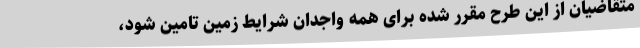
متقاضیان از این طرح مقرر شده برای همه واجدان شرایط زمین تامین شود،